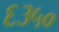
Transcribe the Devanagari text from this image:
६३५०